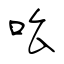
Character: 吆